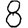
Digit: 8